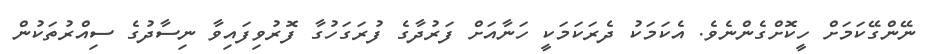
ނޭންގޭކަމަށް ހީކޮށްގެންނެވެ. އެކަމަކު ދެރަކަމަކީ ހަނާއަށް ފަރުދާގެ ފުރަގަހުގާ ފޮރުވިފައިވާ ނިސާދުގެ ސިއްރުތަކުން